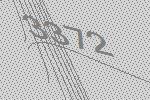
3372